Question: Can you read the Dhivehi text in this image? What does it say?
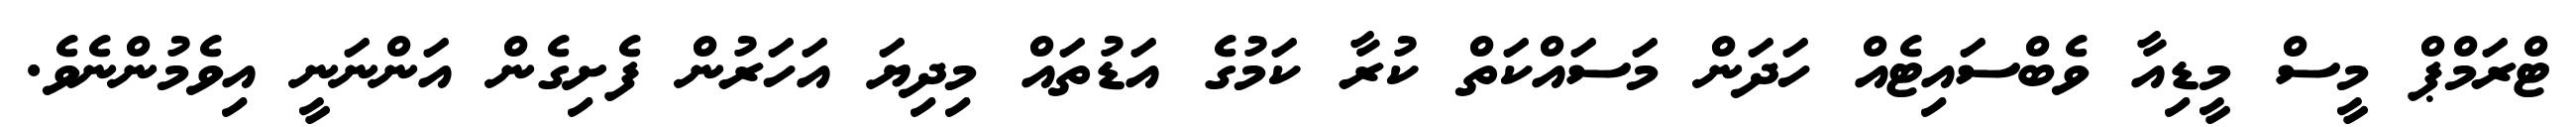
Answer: ޓްރަމްޕް މީސް މީޑިއާ ވެބްސައިޓެއް ހަދަން މަސައްކަތް ކުރާ ކަމުގެ އަޑުތައް މިދިޔަ އަހަރުން ފެށިގެން އަންނަނީ އިވެމުންނެވެ.